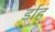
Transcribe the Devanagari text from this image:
र्डाह